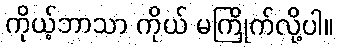
ကိုယ့်ဘာသာ ကိုယ် မကြိုက်လို့ပါ။